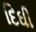
દિઘી